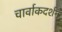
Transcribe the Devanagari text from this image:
चार्वाकदर्शन